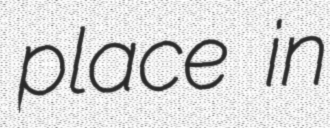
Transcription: place in